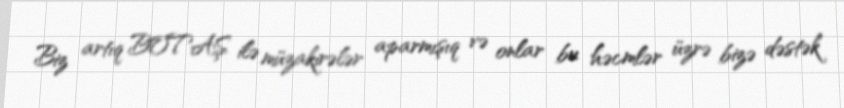
Biz artıq BOTAŞ ilə müzakirələr aparmışıq və onlar bu həcmlər üzrə bizə dəstək